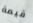
قيمة